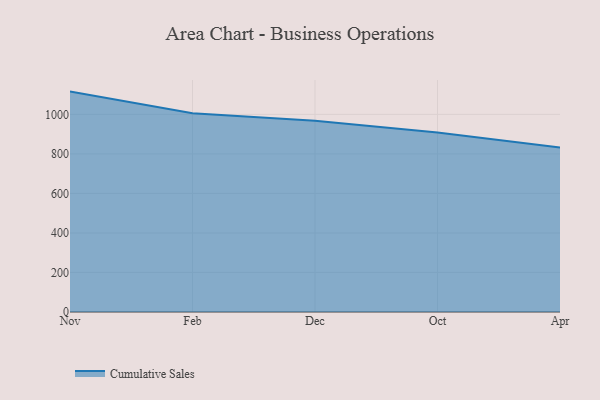
{"axis": {"x": "Month", "y": "Gross Profit (USD K)"}, "legend": ["Cumulative Sales"], "data": [{"x": "Nov", "y": 1115.1, "type": "Cumulative Sales"}, {"x": "Feb", "y": 1005.6, "type": "Cumulative Sales"}, {"x": "Dec", "y": 967.8, "type": "Cumulative Sales"}, {"x": "Oct", "y": 908.7, "type": "Cumulative Sales"}, {"x": "Apr", "y": 832.2, "type": "Cumulative Sales"}]}